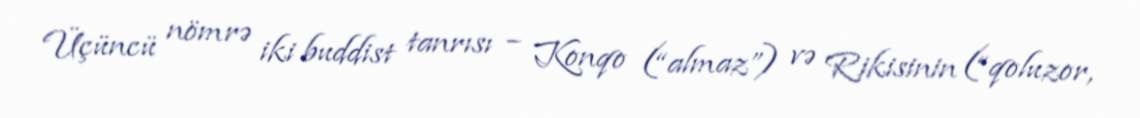
Üçüncü nömrə iki buddist tanrısı – Konqo (“almaz”) və Rikisinin (“qoluzor,